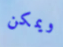
ويمكن